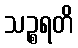
သဉ္စရတိ